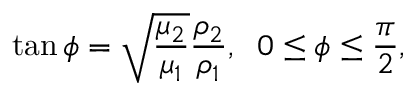
\tan \phi = \sqrt { \frac { \mu _ { 2 } } { \mu _ { 1 } } } \frac { \rho _ { 2 } } { \rho _ { 1 } } , \; \; 0 \leq \phi \leq \frac { \pi } { 2 } ,